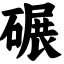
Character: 碾